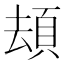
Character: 䪺